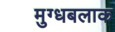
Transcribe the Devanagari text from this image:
मुग्धबलाक